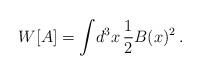
LaTeX: \begin{align*}W[A] = \int\! d^3x\, \frac{1}{2} B(x)^2 \, .\end{align*}